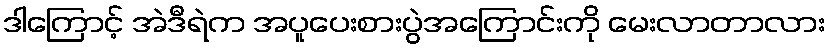
ဒါကြောင့် အဲဒီရဲက အပူပေးစားပွဲအကြောင်းကို မေးလာတာလား